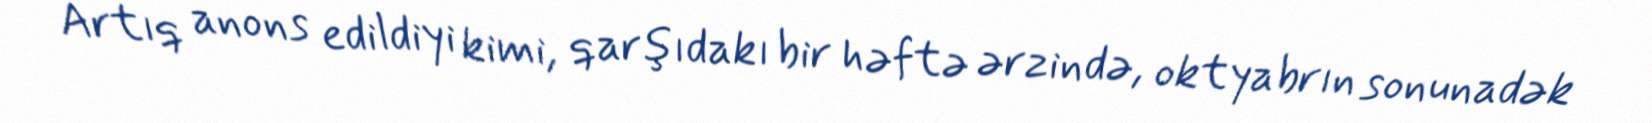
Artıq anons edildiyi kimi, qarşıdakı bir həftə ərzində, oktyabrın sonunadək